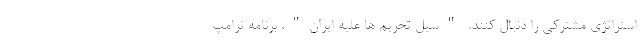
استراتژی مشترکی را دنبال کنند. "سیل تحریم ها علیه ایران"، برنامه ترامپ